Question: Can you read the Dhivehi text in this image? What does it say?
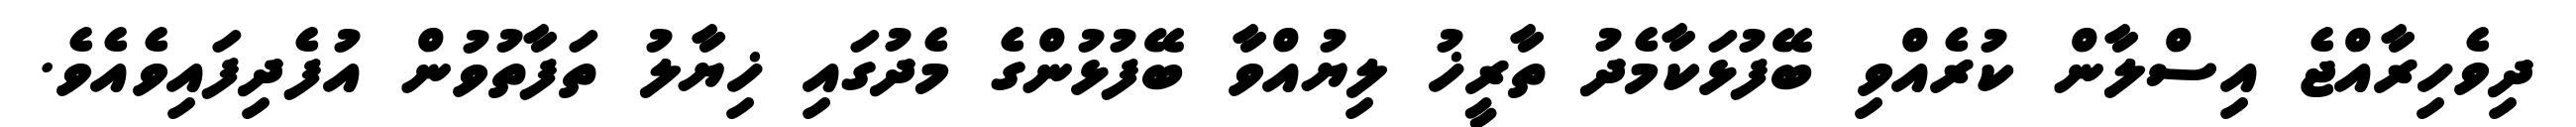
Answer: ދިވެހިރާއްޖެ އިސްލާން ކުރެއްވި ބޭފުޅަކާމެދު ތާރީޚު ލިޔުއްވާ ބޭފުޅުންގެ މެދުގައި ޚިޔާލު ތަފާތުވުން އުފެދިފައިވެއެވެ.